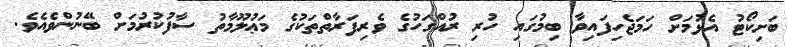
ބަށިކޯޓު އެޅުމަށް ހަމަޖެހިފައިވާ ބިމުގައި ހުރި ރުއްގަހުގެ ވެރިފަރާތްތަކުގެ މަޢުލޫމާތު ސާފުކުރުމަށް ބޭނުންވެއެވެ.